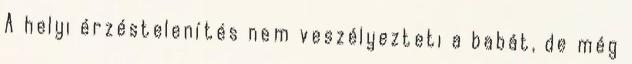
A helyi érzéstelenítés nem veszélyezteti a babát, de még